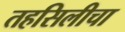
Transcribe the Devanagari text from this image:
तहसिलीचा